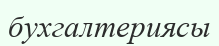
бухгалтериясы